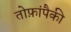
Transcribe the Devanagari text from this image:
तोफ़ांपैकी